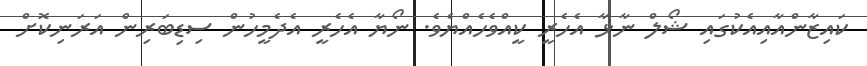
ކައިޒާންއާއިއެކުގައި ޝޯލް ނާޅާ އެހެރީ ކީއްވެހެއްޔެވެ. ނޯޔާ އެހެރީ އެދެމީހުން ސިޑިބަރިން އަރަނިކޮށް